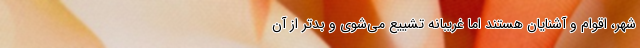
شهر، اقوام و آشنایان هستند اما غریبانه تشییع می‌شوی و بدتر از آن